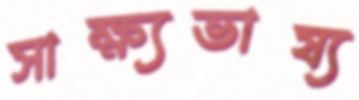
সাক্ষ্যভাষ্য